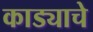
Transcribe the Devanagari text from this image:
काड्याचे